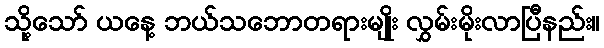
သို့သော် ယနေ့ ဘယ်သဘောတရားမျိုး လွှမ်းမိုးလာပြီနည်း။